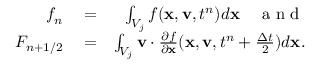
\begin{array} { r l r } { f _ { n } } & { { } = } & { \int _ { V _ { j } } f ( \mathbf x , \mathbf v , t ^ { n } ) d \mathbf x \quad \mathrm { ~ a ~ n ~ d ~ } } \\ { F _ { n + 1 / 2 } } & { { } = } & { \int _ { V _ { j } } \mathbf v \cdot \frac { \partial f } { \partial \mathbf x } ( \mathbf x , \mathbf v , t ^ { n } + \frac { \Delta t } { 2 } ) d \mathbf x . } \end{array}